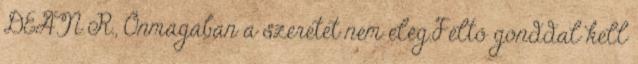
DEAN R., Önmagában a szeretet nem elég.Féltő gonddal kell